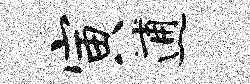
寅逋